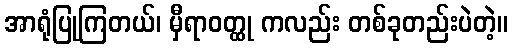
အာရုံပြုကြတယ်၊ မှီရာဝတ္ထု ကလည်း တစ်ခုတည်းပဲတဲ့။